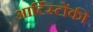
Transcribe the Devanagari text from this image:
आर्टिस्टोंकी